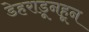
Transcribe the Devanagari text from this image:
डेहराडूनहून